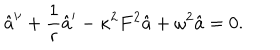
\hat { a } ^ { \prime \prime } + \frac { 1 } { r } \hat { a } ^ { \prime } - \kappa ^ { 2 } F ^ { 2 } \hat { a } + \omega ^ { 2 } \hat { a } = 0 .